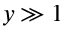
y \gg 1